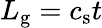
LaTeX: L_{\mathrm{g}}=c_{\mathrm{s}}t